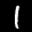
Label: 1